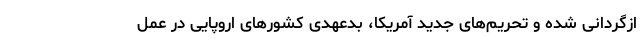
ازگردانی شده و تحریم‌های جدید آمریکا، بدعهدی کشور‌های اروپایی در عمل